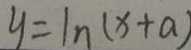
y = \ln ( x + a )